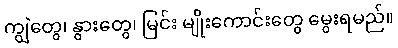
ကျွဲတွေ၊ နွားတွေ၊ မြင်း မျိုးကောင်းတွေ မွေးရမည်။